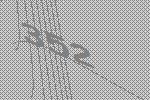
352